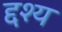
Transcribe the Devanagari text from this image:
द्दश्य